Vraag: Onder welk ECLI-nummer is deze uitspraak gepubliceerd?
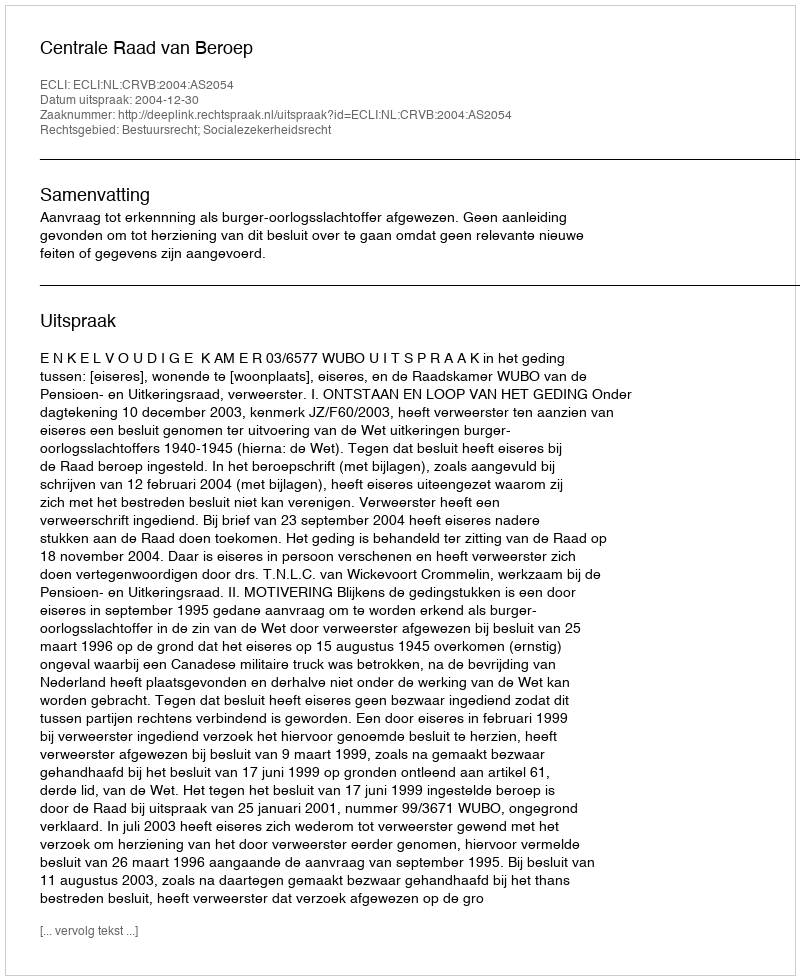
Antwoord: ECLI:NL:CRVB:2004:AS2054